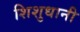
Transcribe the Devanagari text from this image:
शिशुधानी